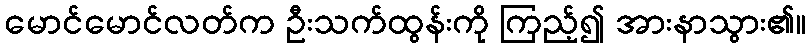
မောင်မောင်လတ်က ဦးသက်ထွန်းကို ကြည့်၍ အားနာသွား၏။